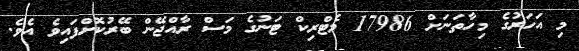
މި އަހަރުގެ މިހާތަނަށް 17986 މެޓްރިކް ޓަނުގެ މަސް ރާއްޖޭން ބޭރުކޮށްފައިވެ އެވެ.